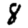
Digit: 8